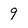
Character: 9